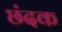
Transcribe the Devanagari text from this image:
छंदक